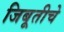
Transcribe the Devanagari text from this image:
जिबूतीचे